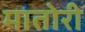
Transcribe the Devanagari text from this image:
मातोरी